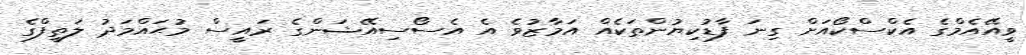
ވީއޭއެމްގެ އެކްސްކޯއަށް ގިނަ ފާޑުކިޔުންތަކެއް އަމާޒުވެ އެ އެސޯސިއޭޝަންގެ ރައީސް މުޙައްމަދު ލަތީފްގެ